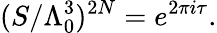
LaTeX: (S/\Lambda_{0}^{3})^{2N}=e^{2\pi i\tau}.